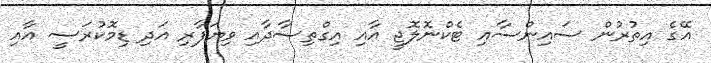
އޭގެ އިތުރުން ސައިންސާއި ޓެކްނޮލޮޖީ އާއި އިގްތިސާދާއި ވިޔަފާރި އަދި ޑިމޮކުރަސީ އާއި